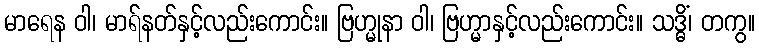
မာရေန ဝါ၊ မာရ်နတ်နှင့်လည်းကောင်း။ ဗြဟ္မုနာ ဝါ၊ ဗြဟ္မာနှင့်လည်းကောင်း။ သဒ္ဓိံ၊ တကွ။